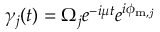
\gamma _ { j } ( t ) = \Omega _ { j } e ^ { - i \mu t } e ^ { i \phi _ { \mathrm { m , \it j } } }